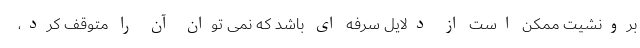
برونشیت ممکن است از دلایل سرفه ای باشد که نمی توان آن را متوقف کرد،